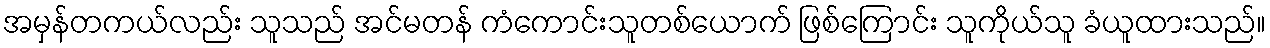
အမှန်တကယ်လည်း သူသည် အင်မတန် ကံကောင်းသူတစ်ယောက် ဖြစ်ကြောင်း သူကိုယ်သူ ခံယူထားသည်။